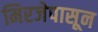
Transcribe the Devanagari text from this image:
मिरजेपासून